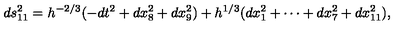
d s _ { 1 1 } ^ { 2 } = h ^ { - 2 / 3 } ( - d t ^ { 2 } + d x _ { 8 } ^ { 2 } + d x _ { 9 } ^ { 2 } ) + h ^ { 1 / 3 } ( d x _ { 1 } ^ { 2 } + \cdots + d x _ { 7 } ^ { 2 } + d x _ { 1 1 } ^ { 2 } ) ,